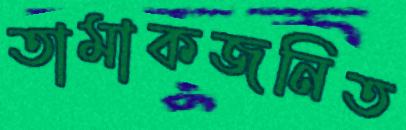
তামাকজনিত